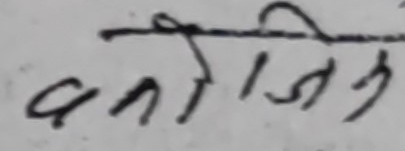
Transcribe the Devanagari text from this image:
कनोजिक